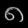
Digit: ၈